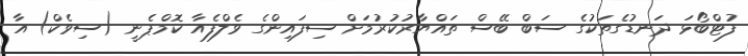
ފުޓްބޯޅަ ދަނޑުގެތަކުގެ ސަބް ބޭސް ތައްޔާރުކުރުމަށް ސިފައިންގެ ވެލްފެއާ ކޮމްޕެނީ (ސިވެކް) އާ